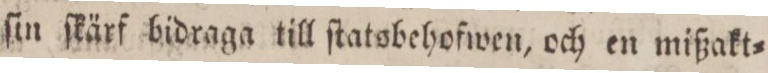
ſin ſkärf bidraga till ſtatsbehofwen, och en mißakt=